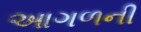
આગળની